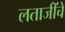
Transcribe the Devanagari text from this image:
लताजींचे